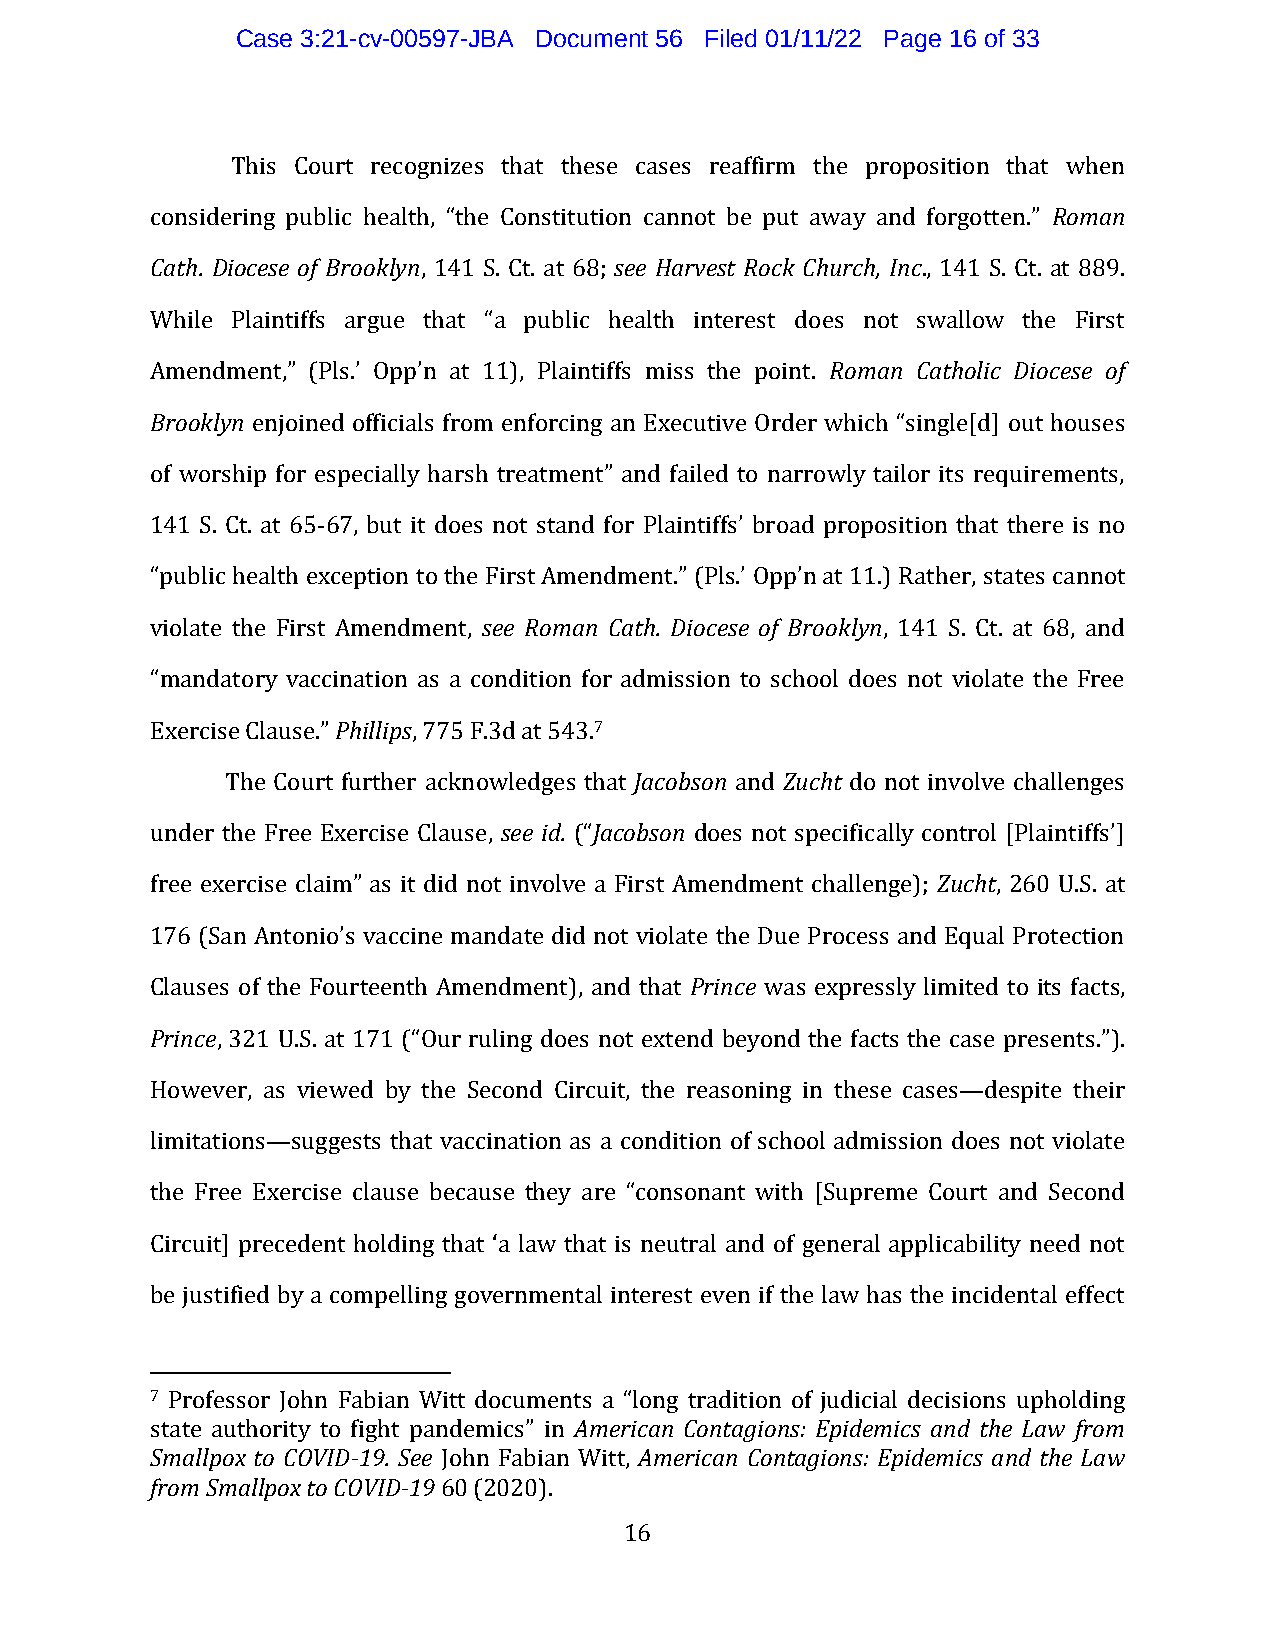
Case 3:21-cv-00597-JBA Document 56 Filed 01/11/22 Page 16 of 33
 This Court recognizes that these cases reaffirm the proposition that when
 considering public health, “the Constitution cannot be put away and forgotten.” Roman
 Cath. Diocese of Brooklyn, 141 S. Ct. at 68; see Harvest Rock Church, Inc., 141 S. Ct. at 889.
 While Plaintiffs argue that “a public health interest does not swallow the First
 Amendment,” (Pls.’ Opp’n at 11), Plaintiffs miss the point. Roman Catholic Diocese of
 Brooklyn enjoined officials from enforcing an Executive Order which “single[d] out houses
 of worship for especially harsh treatment” and failed to narrowly tailor its requirements,
 141 S. Ct. at 65-67, but it does not stand for Plaintiffs’ broad proposition that there is no
 “public health exception to the First Amendment.” (Pls.’ Opp’n at 11.) Rather, states cannot
 violate the First Amendment, see Roman Cath. Diocese of Brooklyn, 141 S. Ct. at 68, and
 “mandatory vaccination as a condition for admission to school does not violate the Free
 Exercise Clause.” Phillips, 775 F.3d at 543.7
 The Court further acknowledges that Jacobson and Zucht do not involve challenges
 under the Free Exercise Clause, see id. (“Jacobson does not specifically control [Plaintiffs’]
 free exercise claim” as it did not involve a First Amendment challenge); Zucht, 260 U.S. at
 176 (San Antonio’s vaccine mandate did not violate the Due Process and Equal Protection
 Clauses of the Fourteenth Amendment), and that Prince was expressly limited to its facts,
 Prince, 321 U.S. at 171 (“Our ruling does not extend beyond the facts the case presents.”).
 However, as viewed by the Second Circuit, the reasoning in these cases—despite their
 limitations—suggests that vaccination as a condition of school admission does not violate
 the Free Exercise clause because they are “consonant with [Supreme Court and Second
 Circuit] precedent holding that ‘a law that is neutral and of general applicability need not
 be justified by a compelling governmental interest even if the law has the incidental effect
 7 Professor John Fabian Witt documents a “long tradition of judicial decisions upholding
 state authority to fight pandemics” in American Contagions: Epidemics and the Law from
 Smallpox to COVID-19. See John Fabian Witt, American Contagions: Epidemics and the Law
 from Smallpox to COVID-19 60 (2020).
 16